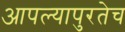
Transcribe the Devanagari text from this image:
आपल्यापुरतेच